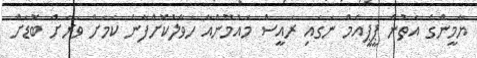
ޔާމީންގެ އަތުން ޕީޕީއެމް ނަގައި ރައީސް މައުމޫންއާ ހަވާލުކޮށްފާނެ ކަމަށް ވަރަށް ބޮޑަށް